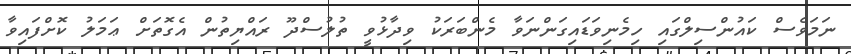
ނަމަވެސް ކައުންސިލްގައި ހިމެނިވަޑައިގަންނަވާ މެންބަރަކު ވިދާޅުވީ ތުލުސްދޫ ރައްޔިތުން އެގޮތަށް ޢަމަލު ކޮށްފައިވާ